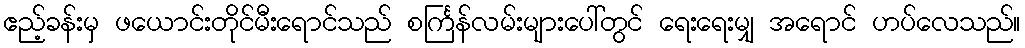
ဧည့်ခန်းမှ ဖယောင်းတိုင်မီးရောင်သည် စင်္ကြန်လမ်းများပေါ်တွင် ရေးရေးမျှ အရောင် ဟပ်လေသည်။